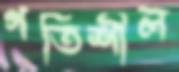
গতিশীল